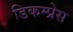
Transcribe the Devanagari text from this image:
डिकम्प्रेस